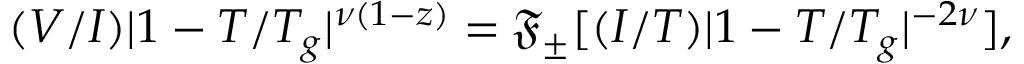
( V / I ) | 1 - T / T _ { g } | ^ { \nu ( 1 - z ) } = \mathfrak { F } _ { \pm } [ ( I / T ) | 1 - T / T _ { g } | ^ { - 2 \nu } ] ,